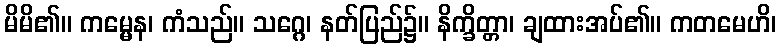
မိမိ၏။ ကမ္မေန၊ ကံသည်။ သဂ္ဂေ၊ နတ်ပြည်၌။ နိက္ခိတ္တာ၊ ချထားအပ်၏။ ကတမေဟိ၊